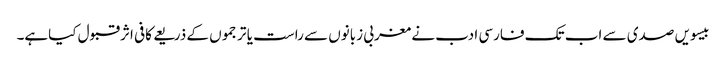
بیسویں صدی سے اب تک فارسی ادب نے مغربی زبانوں سے راست یا ترجموں کے ذریعے کافی اثرقبول کیاہے۔